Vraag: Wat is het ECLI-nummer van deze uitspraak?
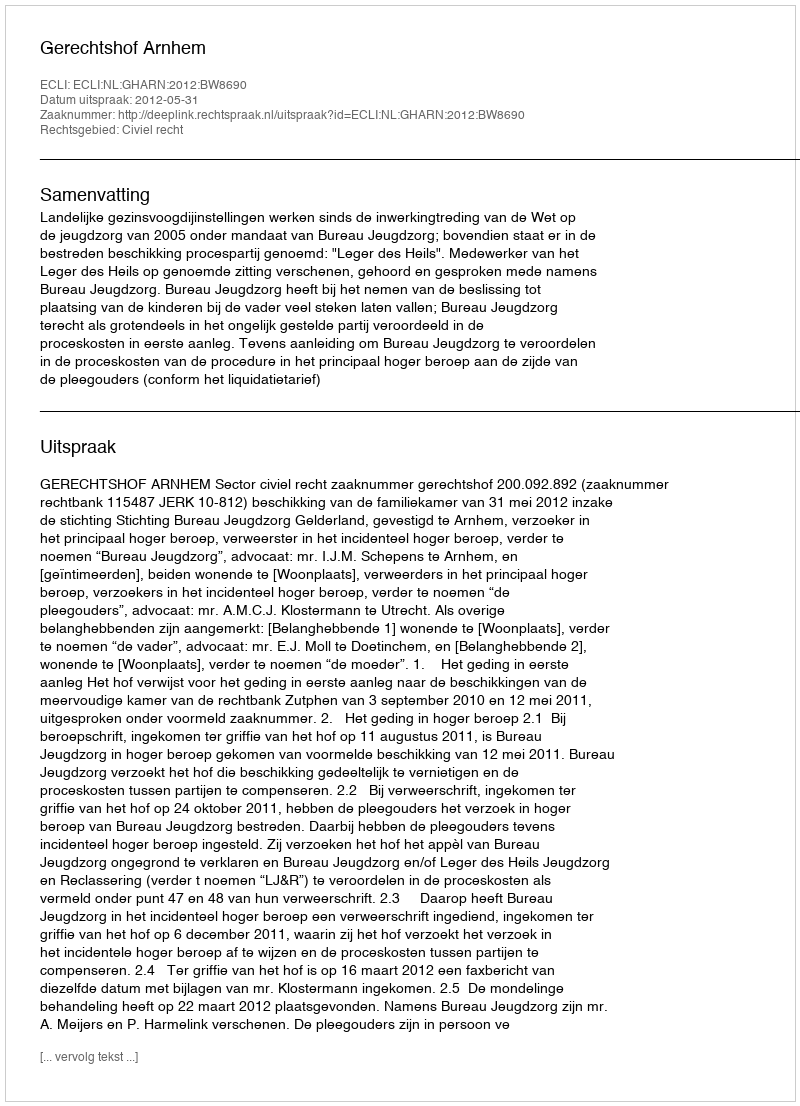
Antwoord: ECLI:NL:GHARN:2012:BW8690